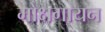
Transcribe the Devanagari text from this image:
मोक्षगायन